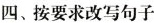
四、按要求改写句子